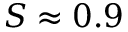
S \approx 0 . 9